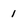
Character: 1